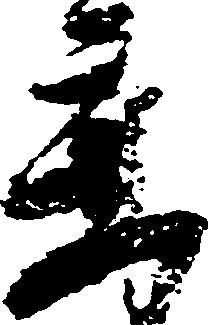
参